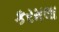
કરમલા